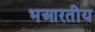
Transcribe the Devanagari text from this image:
भआरतीय